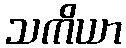
သကိယာ